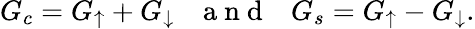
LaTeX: G_{c}=G_{\uparrow}+G_{\downarrow}~~~\mathrm{~a~n~d~}~~~G_{s}=G_{\uparrow}-G_{\downarrow}.